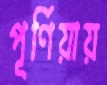
পূর্ণিয়ায়